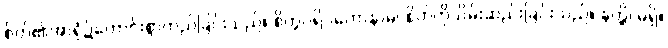
စိတ်၏အာရုံ၌ကောင်းစွာတည်ခြင်းသည်။ စိတ္တပရိဂ္ဂဟောနာမ၊ စိတ်ကိုသိမ်းဆည်းခြင်းသည်။ နတ္ထိ၊ မရှိ။